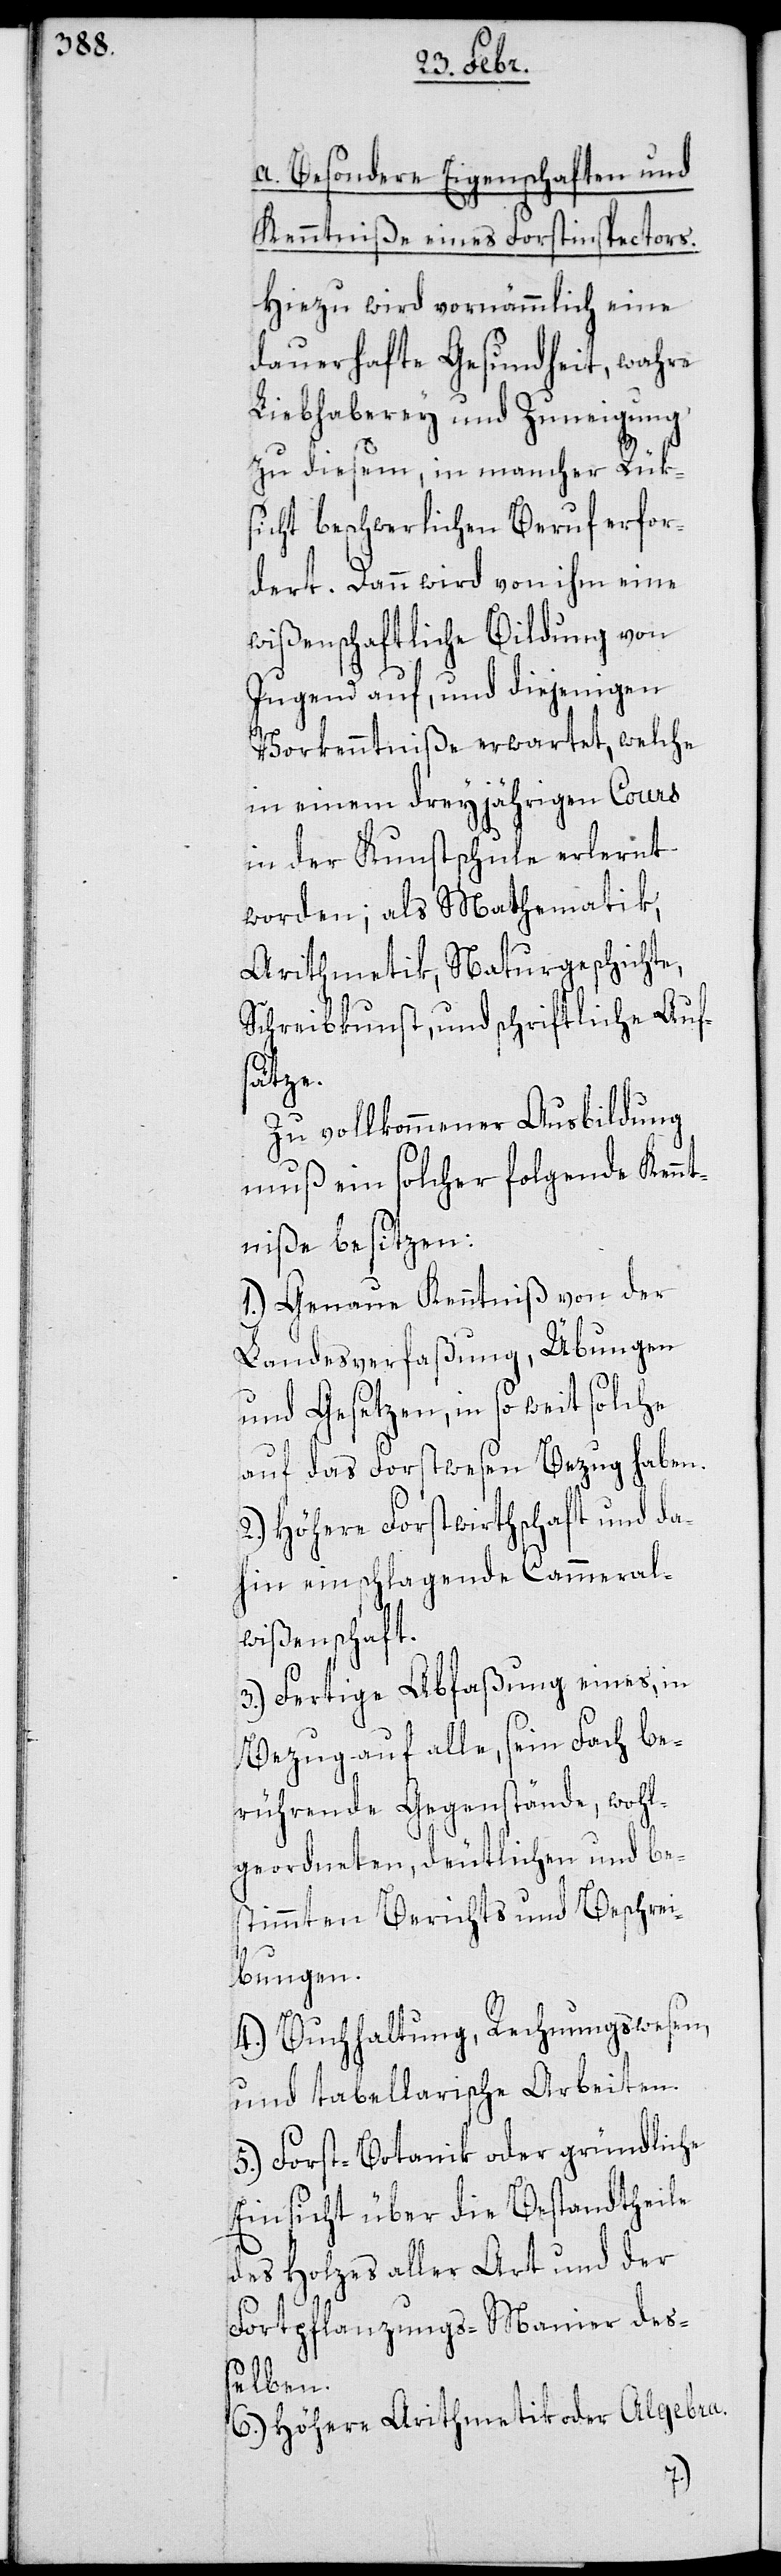
a. Besondere Eigenschaften und
Kenntniße eines Forstinspectors.
Hiezu wird vornämmlich eine
dauerhafte Gesundheit, wahre
Liebhaberey und Zuneigung
zu diesem, in mancher Rük¬
sicht beschwerlichen Beruf erfor¬
dert. Dann wird von ihm eine
wißenschaftliche Bildung von
Jugend auf, und diejenigen
Vorkenntniße erwartet, welche
in einem dreyjährigen Cours
in der Kunstschule erlernt
worden; als Mathematik,
Arithmetik, Naturgeschichte,
Schreibkunst und schriftliche Aufs¬
ätze.
Zu vollkommener Ausbildung
muß ein solcher folgende Kennt¬
niße besitzen:
1.) Genaue Kenntniß von der
Landesverfaßung, Übungen
und Gesetzen, in so weit solche
auf das Forstwesen Bezug haben.
2.) Höhere Forstwirthschaft und da¬
hin einschlagende Cammeral¬
wißenschaft.
3.) Fertige Abfaßung eines, in
Bezug auf alle, sein Fach be¬
rührende Gegenstände, wohl¬
geordneten, deutlichen und be¬
stimmten Berichts und Beschrei¬
bungen.
4.) Buchhaltung, Rechnungswesen
und tabellarische Arbeiten.
5.) Forst-Botanik oder gründliche
Einsicht über die Bestandtheile
des Holzes aller Art und der
Fortpflanzungs-Manier des¬
selben.
6.) Höhere Arithmetik oder Algebra.